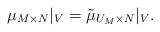
LaTeX: \begin{align*}\mu_{M \times N}|_{V} = \tilde \mu_{U_M \times N}|_V.\end{align*}